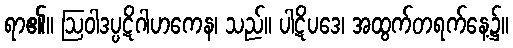
ရာ၏။ ဩဝါဒပ္ပဋိဂါဟကေန၊ သည်။ ပါဋိပဒေ၊ အထွက်တရက်နေ့၌။